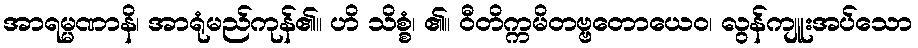
အာရမ္မဏာနိ၊ အာရုံမည်ကုန်၏။ ဟိ သိစ္စံ၊ ၏။ ဝီတိက္ကမိတဗ္ဗတောယေဝ၊ လွန်ကျူးအပ်သော